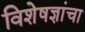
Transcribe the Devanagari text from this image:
विशेषज्ञांचा